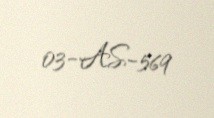
03-AS-569